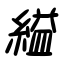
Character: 縊